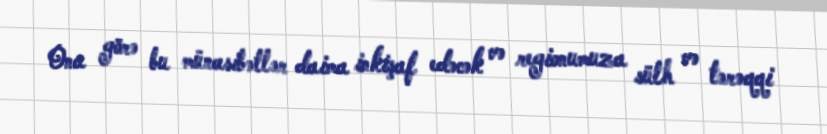
Ona görə bu münasibətlər daima inkişaf edəcək və regionumuza sülh və tərəqqi